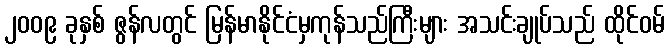
၂၀၀၉ ခုနှစ် ဇွန်လတွင် မြန်မာနိုင်ငံမှကုန်သည်ကြီးများ အသင်းချုပ်သည် ထိုင်ဝမ်